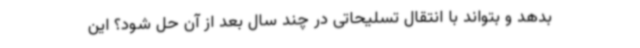
بدهد و بتواند با انتقال تسلیحاتی در چند سال بعد از آن حل شود؟ این